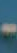
-